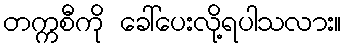
တက္ကစီကို ခေါ်ပေးလို့ရပါသလား။